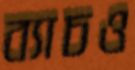
ব্যাচও